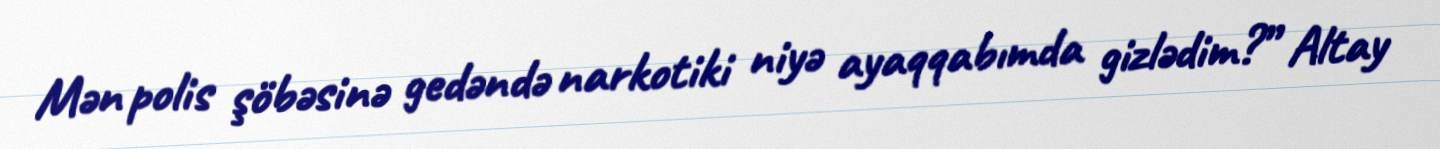
Mən polis şöbəsinə gedəndə narkotiki niyə ayaqqabımda gizlədim?” Altay